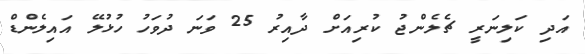
އަދި ކަލިނަރީ ޗެލެންޖު ކުރިއަށް ދާއިރު 25 ވަނަ ދުވަހު ހުޅުލޭ އައިލެންޑް